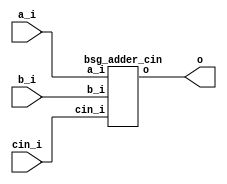


module top
(
  a_i,
  b_i,
  cin_i,
  o
);

  input [63:0] a_i;
  input [63:0] b_i;
  output [63:0] o;
  input cin_i;

  bsg_adder_cin
  wrapper
  (
    .a_i(a_i),
    .b_i(b_i),
    .o(o),
    .cin_i(cin_i)
  );


endmodule



module bsg_adder_cin
(
  a_i,
  b_i,
  cin_i,
  o
);

  input [63:0] a_i;
  input [63:0] b_i;
  output [63:0] o;
  input cin_i;
  wire [63:0] o;
  wire N0,N1,N2,N3,N4,N5,N6,N7,N8,N9,N10,N11,N12,N13,N14,N15,N16,N17,N18,N19,N20,N21,
  N22,N23,N24,N25,N26,N27,N28,N29,N30,N31,N32,N33,N34,N35,N36,N37,N38,N39,N40,N41,
  N42,N43,N44,N45,N46,N47,N48,N49,N50,N51,N52,N53,N54,N55,N56,N57,N58,N59,N60,N61,
  N62,N63;
  assign { N63, N62, N61, N60, N59, N58, N57, N56, N55, N54, N53, N52, N51, N50, N49, N48, N47, N46, N45, N44, N43, N42, N41, N40, N39, N38, N37, N36, N35, N34, N33, N32, N31, N30, N29, N28, N27, N26, N25, N24, N23, N22, N21, N20, N19, N18, N17, N16, N15, N14, N13, N12, N11, N10, N9, N8, N7, N6, N5, N4, N3, N2, N1, N0 } = a_i + b_i;
  assign o = { N63, N62, N61, N60, N59, N58, N57, N56, N55, N54, N53, N52, N51, N50, N49, N48, N47, N46, N45, N44, N43, N42, N41, N40, N39, N38, N37, N36, N35, N34, N33, N32, N31, N30, N29, N28, N27, N26, N25, N24, N23, N22, N21, N20, N19, N18, N17, N16, N15, N14, N13, N12, N11, N10, N9, N8, N7, N6, N5, N4, N3, N2, N1, N0 } + cin_i;

endmodule